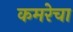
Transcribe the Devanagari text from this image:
कमरेचा